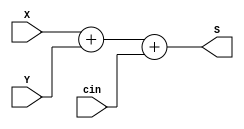
module adder_4bit(input [3:0] X, Y,
							input cin,
							output [4:0] S);
						
	assign S = X + Y + cin;
	
endmodule